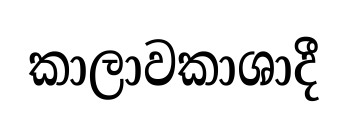
කාලාවකාශාදී